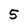
Character: 5